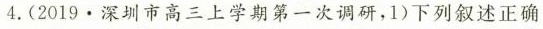
4.(2019.深圳市高三上学期第一次调研，1)下列叙述正确